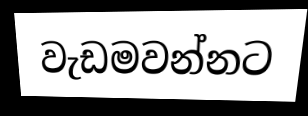
වැඩමවන්නට